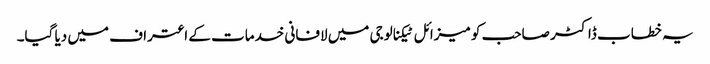
یہ خطاب ڈاکٹر صاحب کو میزائل ٹیکنالوجی میں لافانی خدمات کے اعتراف میں دیا گیا۔